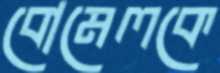
বোমেলকে